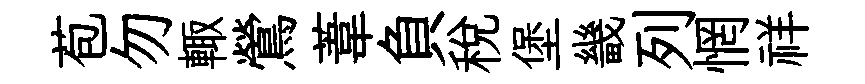
苞勿輙鶯葦負税堡畿列惘祥